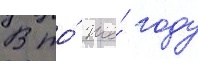
В то́ же́ году